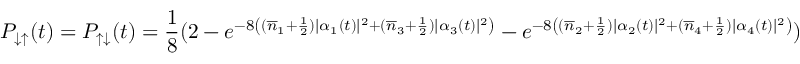
P _ { \downarrow \uparrow } ( t ) = P _ { \uparrow \downarrow } ( t ) = \frac { 1 } { 8 } ( 2 - e ^ { - 8 \left( ( \overline { { n } } _ { 1 } + \frac { 1 } { 2 } ) | \alpha _ { 1 } ( t ) | ^ { 2 } + ( \overline { { n } } _ { 3 } + \frac { 1 } { 2 } ) | \alpha _ { 3 } ( t ) | ^ { 2 } \right) } - e ^ { - 8 \left( ( \overline { { n } } _ { 2 } + \frac { 1 } { 2 } ) | \alpha _ { 2 } ( t ) | ^ { 2 } + ( \overline { { n } } _ { 4 } + \frac { 1 } { 2 } ) | \alpha _ { 4 } ( t ) | ^ { 2 } \right) } )